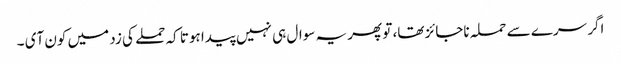
اگر سرے سے حملہ ناجائز تھا، تو پھر یہ سوال ہی نہیں پیدا ہوتا کہ حملے کی زد میں کون آی ۔